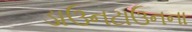
ડાઉનટાઉનના